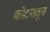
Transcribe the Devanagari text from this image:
कोटरातून